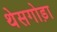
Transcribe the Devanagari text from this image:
थेसगोड़ा